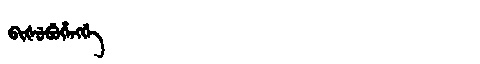
Manchu: ᠪᡳᡧᡠᠪᡠᡥᡝᠩᡤᡝ
Romanization: BIŠUBUHENGGE